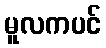
မူလကပင်